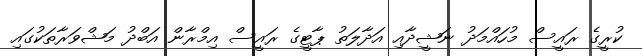
ކުރީގެ ރައީސް މުހައްމަދު ނަޝީދާއި އަދާލަތު ޕާޓީގެ ރައީސް އިމްރާން އަބްދު މަޝްވަރާތަކުގައި